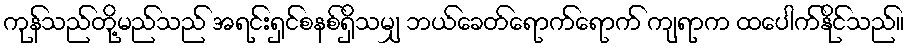
ကုန်သည်တို့မည်သည် အရင်းရှင်စနစ်ရှိသမျှ ဘယ်ခေတ်ရောက်ရောက် ကျရာက ထပေါက်နိုင်သည်။